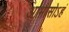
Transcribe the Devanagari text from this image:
आभासोऽहं